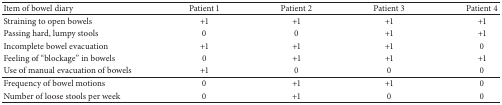
| Item of bowel diary | Patient 1 | Patient 2 | Patient 3 | Patient 4 |
 | --- | --- | --- | --- | --- |
 | Straining to open bowels | +1 | +1 | +1 | +1 |
 | Passing hard, lumpy stools | 0 | 0 | +1 | +1 |
 | Incomplete bowel evacuation | +1 | +1 | +1 | 0 |
 | Feeling of “blockage” in bowels | 0 | +1 | +1 | +1 |
 | Use of manual evacuation of bowels | +1 | 0 | 0 | 0 |
 | Frequency of bowel motions | 0 | +1 | +1 | 0 |
 | Number of loose stools per week | 0 | +1 | 0 | 0 |